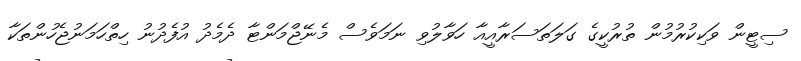
ސިޓީން ވަކިކުރުމުން ތުރުކީގެ ގަލަތަސަރާއީއާ ހަވާލުވި ނަމަވެސް މެނޭޖްމަންޓާ ދެމެދު އުފެދުނު ހިތްހަމަނުޖެހުންތަކާ